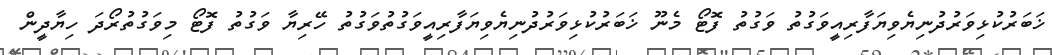
ޚަބަރުކުޅިވަރުދުނިޔެވިޔަފާރިއީވަގުތު ވަގުތު ފޮޓޯ މެނޫ ޚަބަރުކުޅިވަރުދުނިޔެވިޔަފާރިއީވަގުތުވަގުތު ހޭރިޔާ ވަގުތު ފޮޓޯ މިވަގުތުރޯދަ ހިޔާދީން